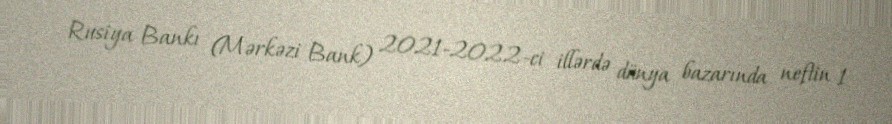
Rusiya Bankı (Mərkəzi Bank) 2021-2022-ci illərdə dünya bazarında neftin 1